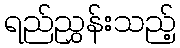
ရည်ညွှန်းသည့်